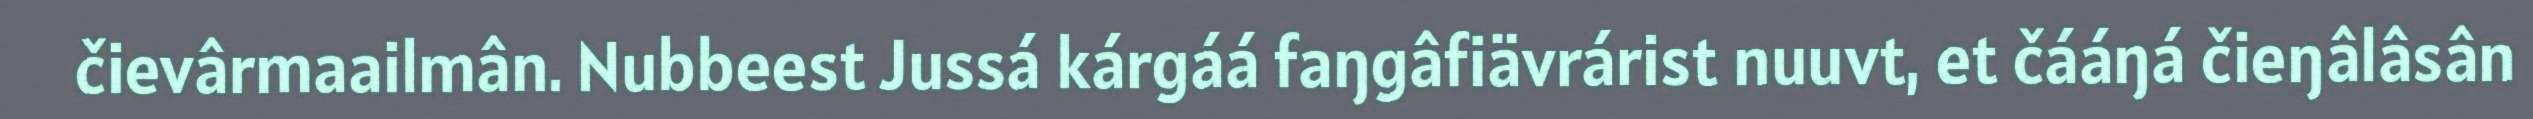
čievârmaailmân. Nubbeest Jussá kárgáá faŋgâfiävrárist nuuvt, et čááŋá čieŋâlâsân